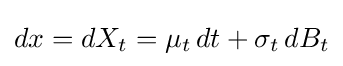
dx=dX_{t}=\mu _{t}\,dt+\sigma _{t}\,dB_{t}